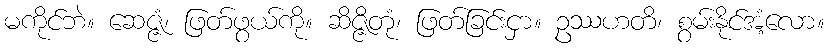
မကိုင်ဘဲ။ ဆေဇ္ဇံ၊ ဖြတ်ဖွယ်ကို။ ဆိဇ္ဇိတုံ၊ ဖြတ်ခြင်းငှာ။ ဥဿဟတိ၊ စွမ်းနိုင်အံ့လော။